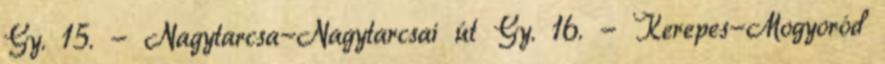
Gy. 15. - Nagytarcsa-Nagytarcsai út Gy. 16. - Kerepes-Mogyoród